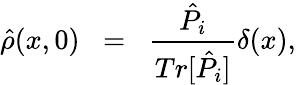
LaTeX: \hat{\rho}(x,0)\; \; =\; \; \frac{\hat{P}_{i}}{Tr[\hat{P}_{i}]}\delta(x),